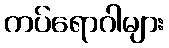
ကပ်ရောဂါများ